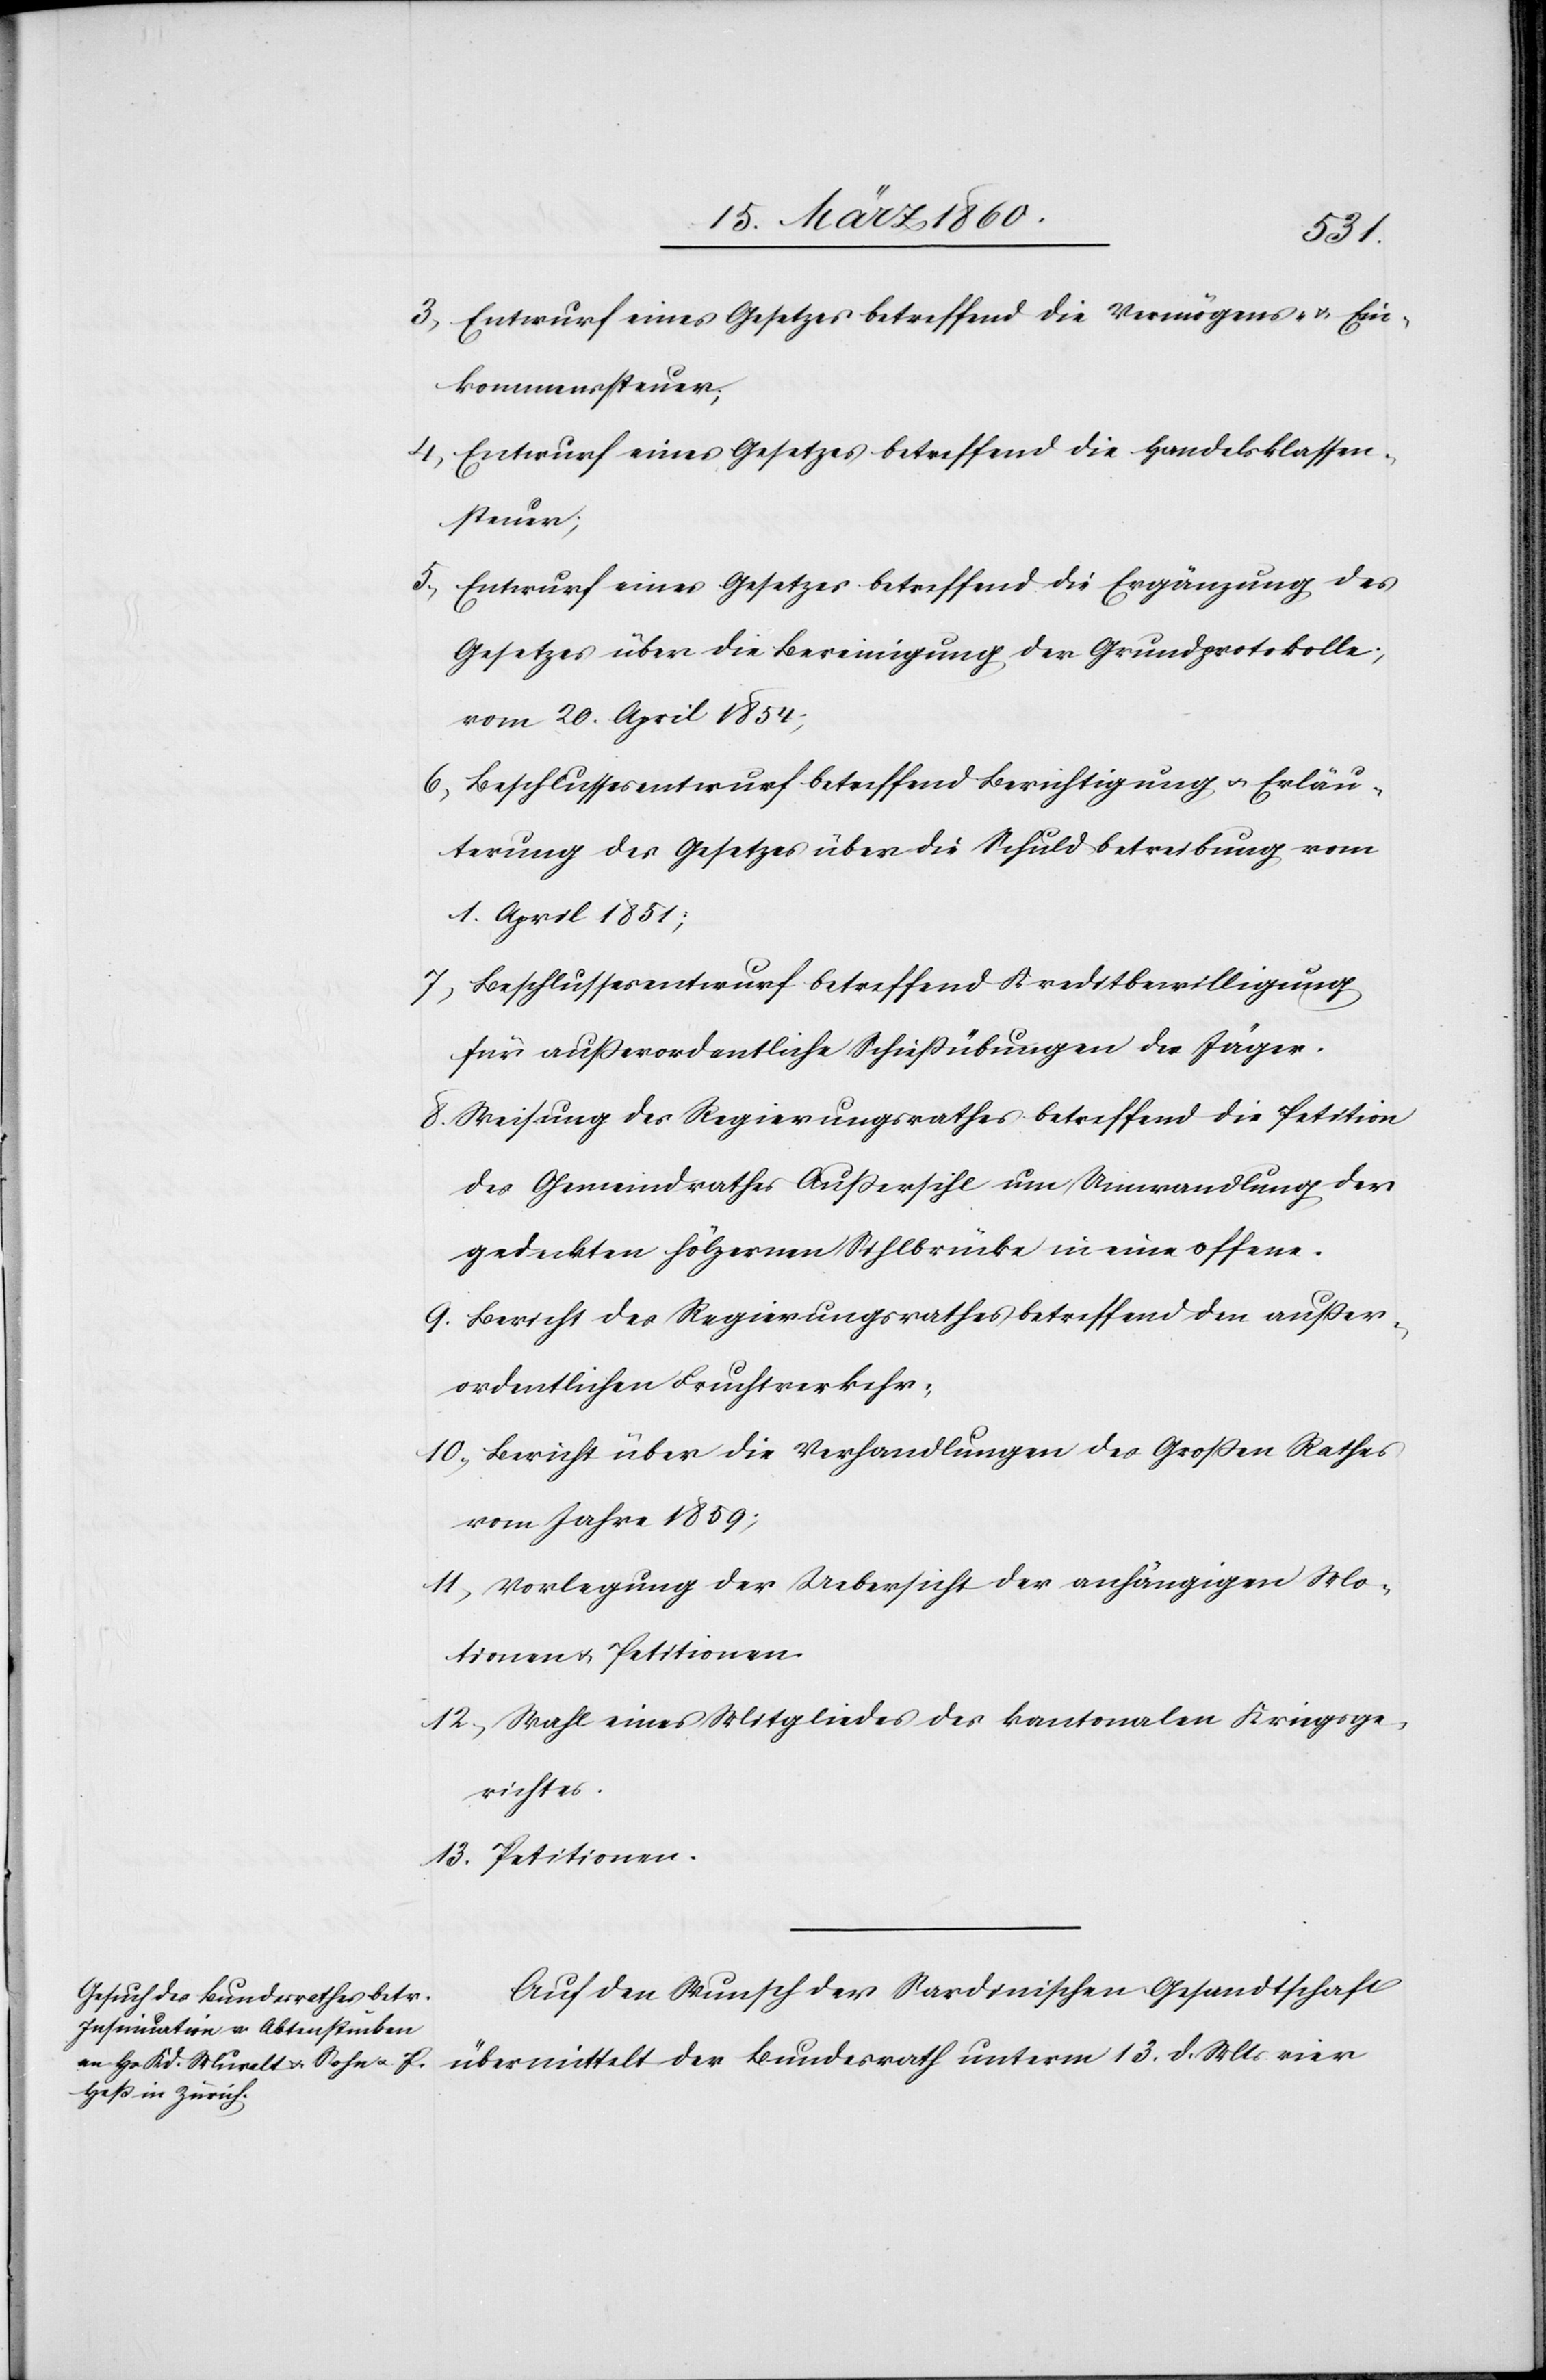
3. Entwurf eines Gesetzes betreffend die Vermögens- u. Ein¬
kommenssteuer;
4. Entwurf eines Gesetzes betreffend die Handelsklassen¬
steuer;
5. Entwurf eines Gesetzes betreffend die Ergänzung des
Gesetzes über die Bereinigung der Grundprotokolle,
vom 20. April 1854;
6. Beschlussesentwurf betreffend Berichtigung u. Erläu¬
terung des Gesetzes über die Schuldbetreibung vom
1. April 1851;
7. Beschlussesentwurf betreffend Kreditbewilligung
für ausserordentliche Schiessübungen der Jäger;
8. Weisung des Regierungsrathes betreffend die Petition
des Gemeindrathes Aussersihl um Umwandlung der
gedeckten hölzernen Sihlbrücke in eine offene.
9. Bericht des Regierungsrathes betreffend den ausser¬
ordentlichen Fruchtverkehr;
10. Bericht über die Verhandlungen des Grossen Rathes
vom Jahre 1859;
11. Vorlegung der Uebersicht der anhängigen Mo¬
tionen u. Petitionen.
12. Wahl eines Mitgliedes des kantonalen Kriegsge¬
richtes.
13. Petitionen.
Auf den Wunsch der Sardinischen Gesandtschaft
übermittelt der Bundesrath unterm 13. d. M. vier